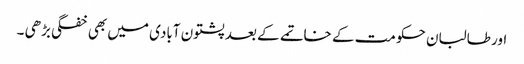
اور طالبان حکومت کے خاتمے کے بعد پشتون آبادی میں بھی خفگی بڑھی ۔